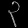
Digit: ၃